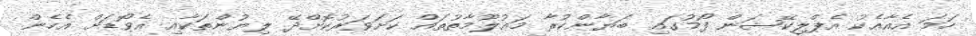
ހަމަ އެއާއެކު އެޕްލިކޭޝަން ފޯމުގައި ބަޔާންކުރާ މަޢުލޫމާތުތައް ކަށަވަރުކޮށްދޭ ލިޔުންތަކާއި އެވޯޑަށް އެހެން